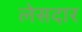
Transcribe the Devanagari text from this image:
लेसदार